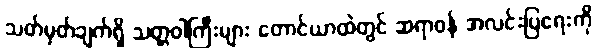
သတ်မှတ်ချက်ရှိ သတ္တဝါကြီးများ တောင်ယာထဲတွင် ဆရာဝန် အလင်းပြရေးကို